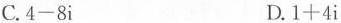
C.$$4 - 8 i$$ D.$$1 + 4 i$$